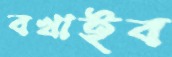
বখাইব